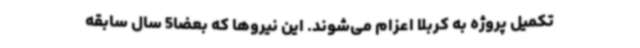
تکمیل پروژه به کربلا اعزام می‌شوند. این نیروها که بعضا5 سال سابقه